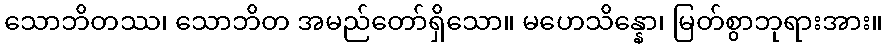
သောဘိတဿ၊ သောဘိတ အမည်တော်ရှိသော။ မဟေသိန္နော၊ မြတ်စွာဘုရားအား။